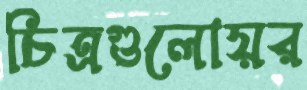
চিত্রগুলোয়র